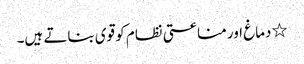
٭دماغ اور مناعتی نظام کو قوی بناتے ہیں۔